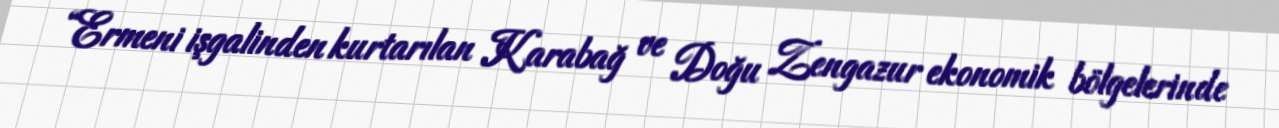
“Ermeni işgalinden kurtarılan Karabağ ve Doğu Zengazur ekonomik bölgelerinde